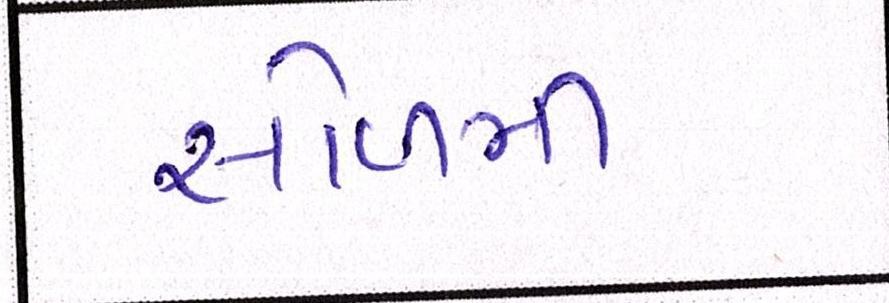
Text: સોળમી